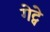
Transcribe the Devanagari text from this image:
गेट्वे